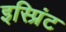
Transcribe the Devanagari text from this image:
इस्प्रिंट